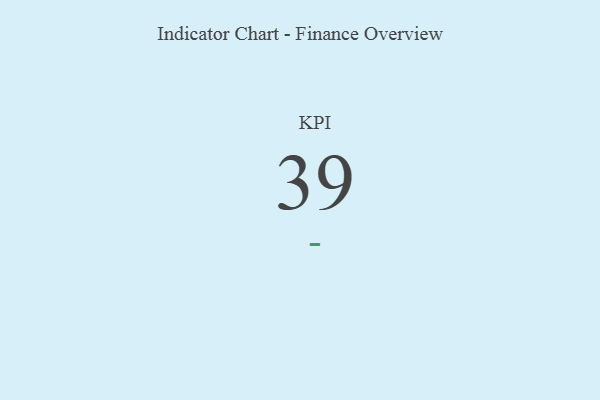
{"axis": {"x": "KPI", "y": "Value"}, "legend": [""], "data": [{"x": "KPI", "y": 39, "type": ""}]}